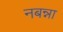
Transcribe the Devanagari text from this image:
नबन्ना